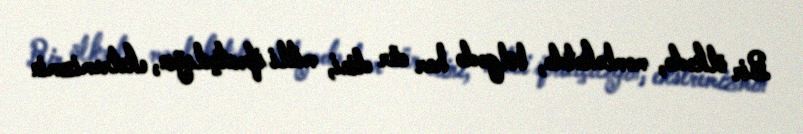
Bir ölkədə, məmləkətdə, bölgədə hər cür dini, milli ifratçılığın, ekstremizmin